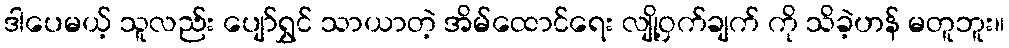
ဒါပေမယ့် သူလည်း ပျော်ရွှင် သာယာတဲ့ အိမ်ထောင်ရေး လျို့ဝှက်ချက် ကို သိခဲ့ဟန် မတူဘူး။